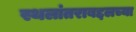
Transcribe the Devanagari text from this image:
स्थलांतराबद्दलच्या